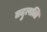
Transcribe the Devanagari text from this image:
तदुत्पत्ति